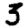
Digit: 3